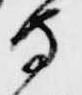
守